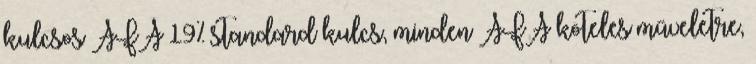
kulcsos ÁFA 19% standard kulcs, minden ÁFA köteles műveletre,